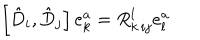
\left[ \hat { D } _ { i } , \hat { D } _ { j } \right] e _ { k } ^ { a } = R _ { k \, i j } ^ { l } e _ { l } ^ { a }